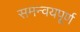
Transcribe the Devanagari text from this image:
समन्वयपूर्ण